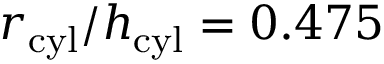
r _ { \mathrm { c y l } } / h _ { \mathrm { c y l } } = 0 . 4 7 5